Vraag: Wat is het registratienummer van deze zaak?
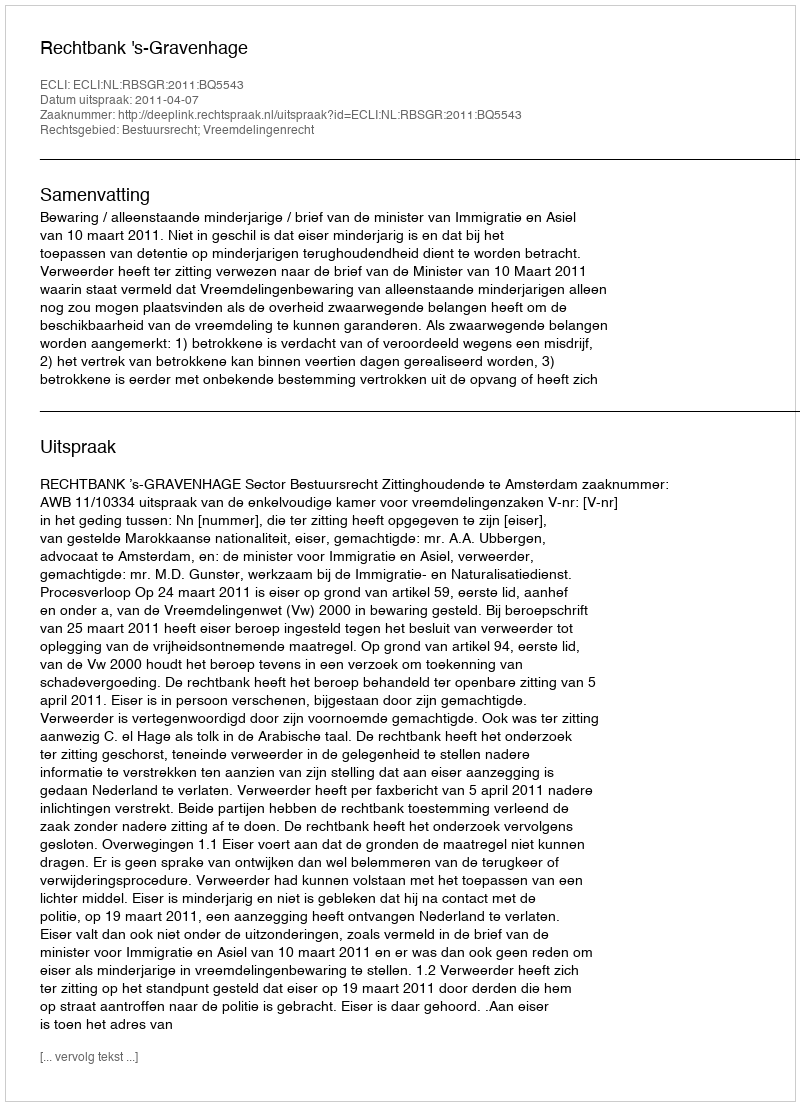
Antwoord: http://deeplink.rechtspraak.nl/uitspraak?id=ECLI:NL:RBSGR:2011:BQ5543